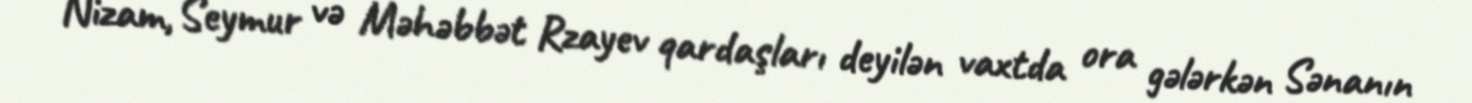
Nizam, Seymur və Məhəbbət Rzayev qardaşları deyilən vaxtda ora gələrkən Sənanın